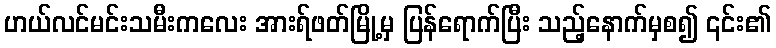
ဟယ်လင်မင်းသမီးကလေး အားရ်ဖတ်မြို့မှ ပြန်ရောက်ပြီး သည့်နောက်မှစ၍ ၎င်း၏